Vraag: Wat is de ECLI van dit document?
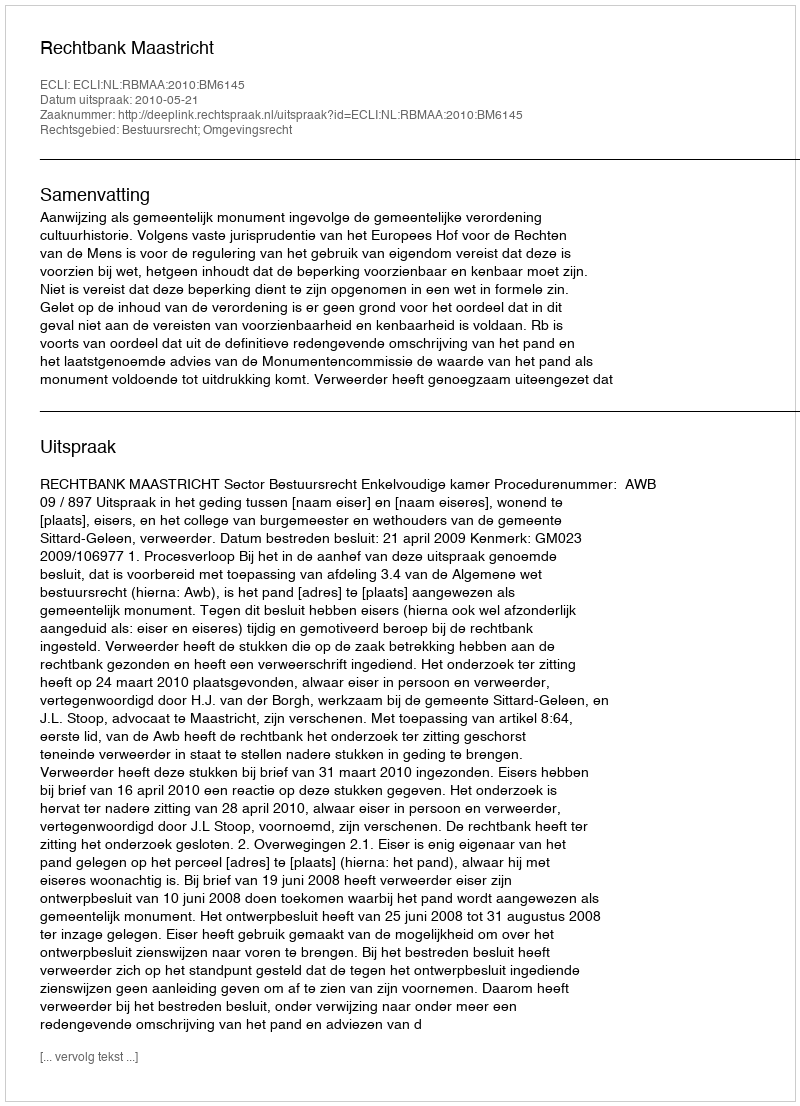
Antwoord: ECLI:NL:RBMAA:2010:BM6145